Senior Leaving Certificate Examination (including Day School Certificate (Higher) General paper), 1946
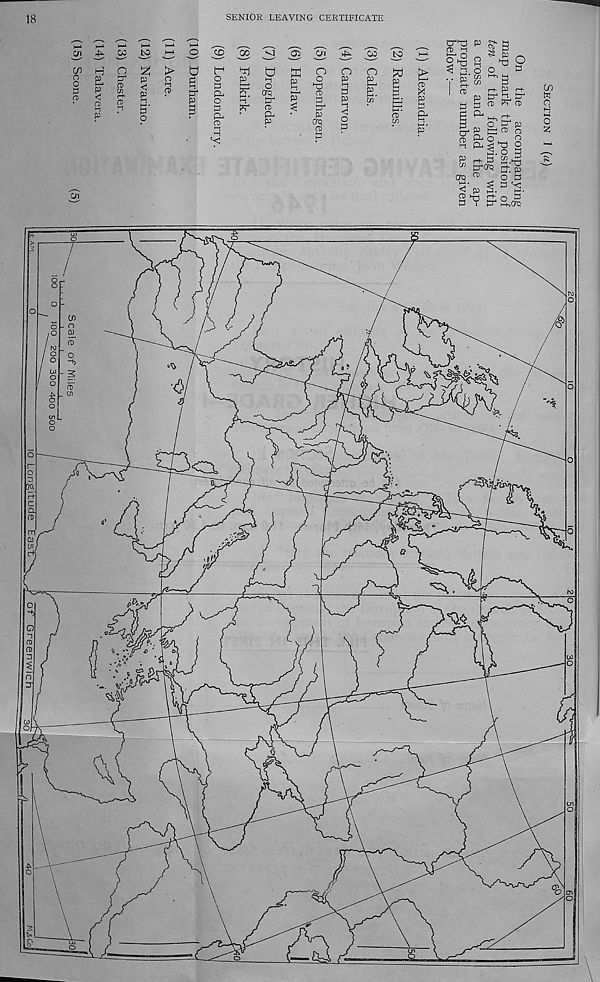
18
SENIOR LEAVING CERTIFICATE
05
O
C
P
CD
01
02 tO
CD t-i
P
O
P 4
CD
W rt-
CD
P2
<
P i-i
5' o
>
o ►t
a>
CD
00
0
0 l-t
to 1
p
o
0
Pa
o
0
Pa
CD
i-i
i-i
VJ
02
Pi
vP
00
tO
t—‘
H- 1 •
•-I
O
i-s
o
crq
P 1
CD
Pa
P
ffi
P
l-t
I 1
P
o o
PJ
CD
0
0"
P
OQ
CD
0
O
P
i-1
0
P
i-t
c
o
0
o
p
X
p
3
CD
Cfl
>
I—*
CD
x
p
0
Pa
l-t
t~‘ •
P
^ 3 ’ s I ^
o^§ q -o o
^ 2. 0 £>
3
.. 5 w I-H a
l jp w
0
CD
P 3 dl
P 0^ i 0^
P Kj CD ^ CD
3
<? P 1 DO
0a P Pi CD o
0 P^ O
O
3 (^^"3 2
P->. o
0 r+ 0 0.i3
^ 0-Grp
On? ^
O 0
0' m ^ 0 '■ <
<3 p p.
t-*.
2 pj Ci o ^
0 i 0^ i-hOn?
01
0
o
H M
o
0